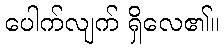
ပေါက်လျက် ရှိလေ၏။